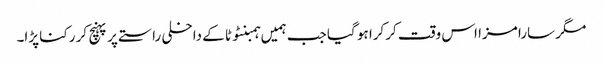
مگر سارا مزا اس وقت کرکرا ہو گیا جب ہمیں ہمبنٹوٹا کے داخلی راستے پر پہنچ کر رکنا پڑا۔